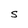
Character: S